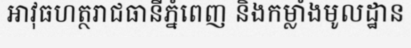
អាវុធហត្ថរាជធានីភ្នំពេញ និងកម្លាំងមូលដ្ឋាន